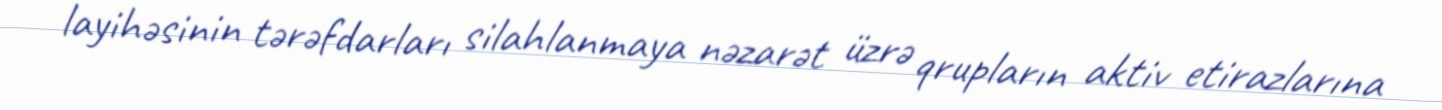
layihəsinin tərəfdarları silahlanmaya nəzarət üzrə qrupların aktiv etirazlarına